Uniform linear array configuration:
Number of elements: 8
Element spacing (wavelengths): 1
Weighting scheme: blackman
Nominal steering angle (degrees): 45
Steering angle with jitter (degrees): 43.834
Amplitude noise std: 0.05
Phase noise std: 0.05

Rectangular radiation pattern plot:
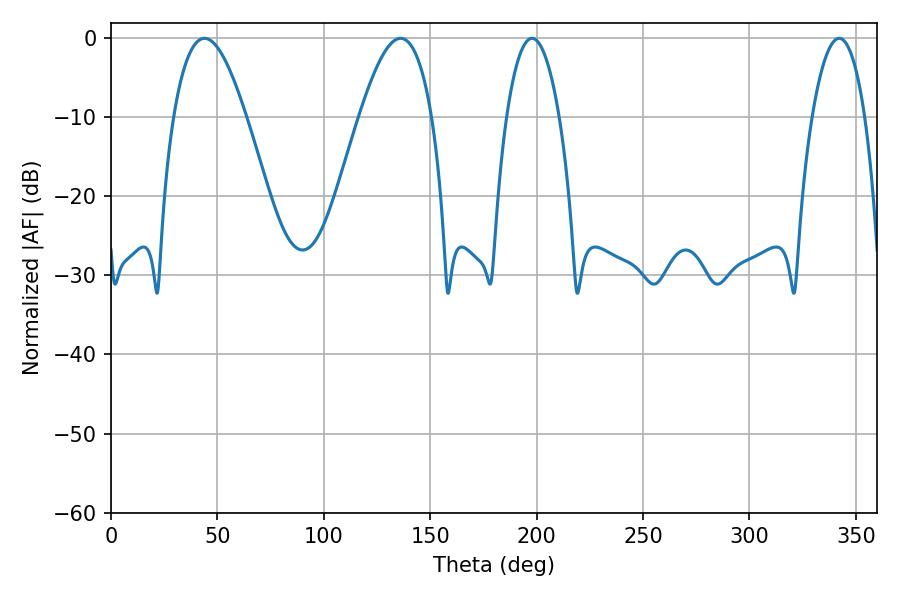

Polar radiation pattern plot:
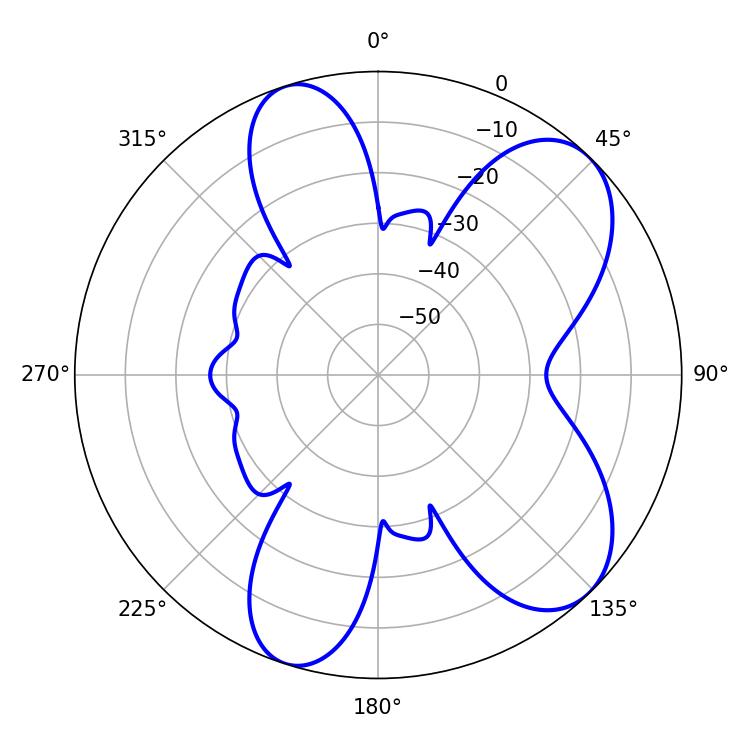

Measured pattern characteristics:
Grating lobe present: TRUE
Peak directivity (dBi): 7.742
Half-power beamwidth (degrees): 18.54
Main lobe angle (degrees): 43.92